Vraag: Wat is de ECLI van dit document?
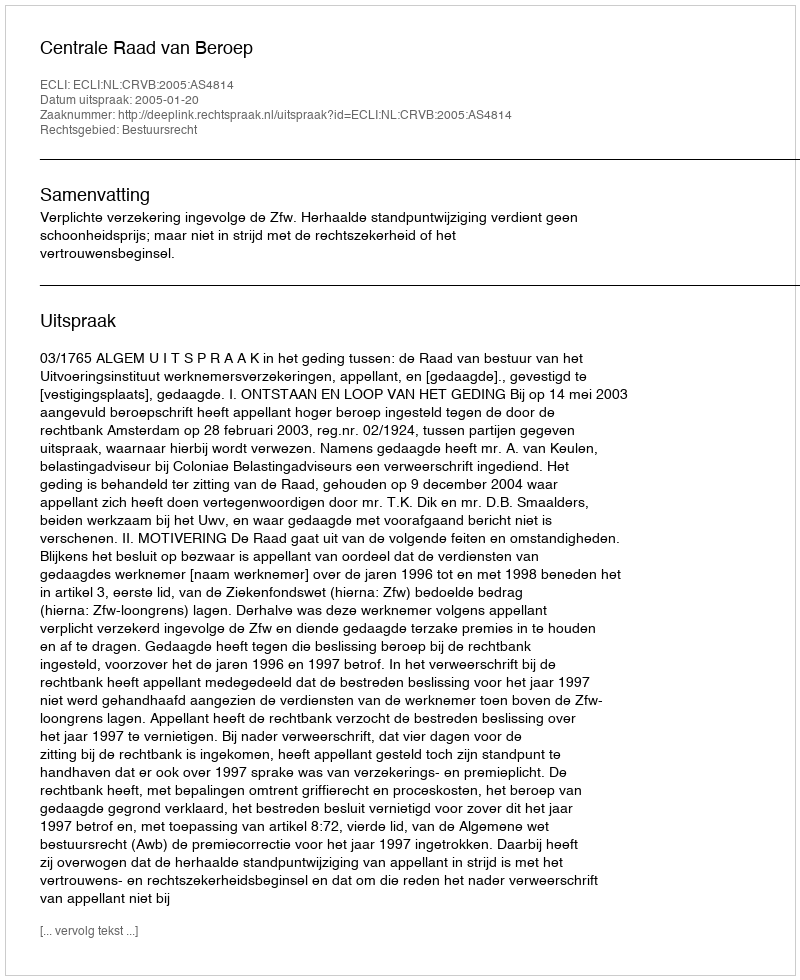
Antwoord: ECLI:NL:CRVB:2005:AS4814